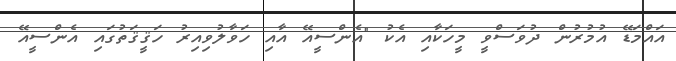
އައްމަޑޭ އުމުރުން ދުވަސްވީ މީހަކާއި އެކު "އެންސީއޭ އާއި ހަވާލުވިއިރު ހަޤީޤަތުގައި އެންސީއޭ